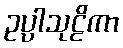
ဥပ္ပါသုဠိကာ